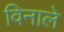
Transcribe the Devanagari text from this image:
विनाले